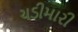
ચડીમારી